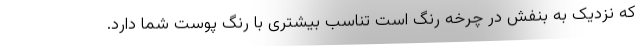
که نزدیک به بنفش در چرخه رنگ است تناسب بیشتری با رنگ پوست شما دارد.